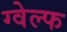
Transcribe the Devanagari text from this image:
ग्वेल्फ